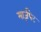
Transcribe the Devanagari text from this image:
मार्ज़पेट